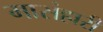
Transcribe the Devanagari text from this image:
मासंहारी